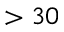
> 3 0